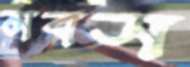
মবস